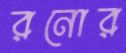
রনোর